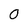
Character: 0